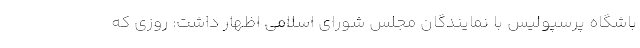
باشگاه پرسپولیس با نمایندگان مجلس شورای اسلامی اظهار داشت: روزی که